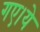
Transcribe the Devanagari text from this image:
गए।ये